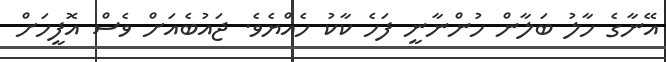
އޭނާގެ ހާލު ބަލާން ހުންނާނީ ފަހެ ކާކު ހެއްޔެވެ. ޖައުބެއަށް ވެސް އޮފީހަށް